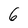
Character: 6